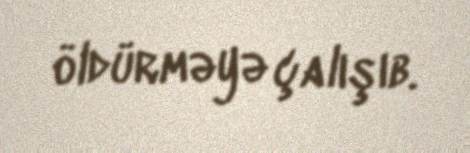
öldürməyə çalışıb.